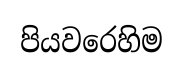
පියවරෙහිම